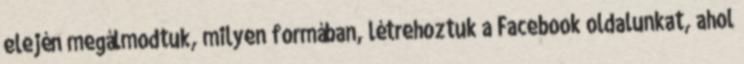
elején megálmodtuk, milyen formában, létrehoztuk a Facebook oldalunkat, ahol